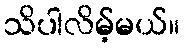
သိပါလိမ့်မယ်။